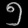
Digit: ၅